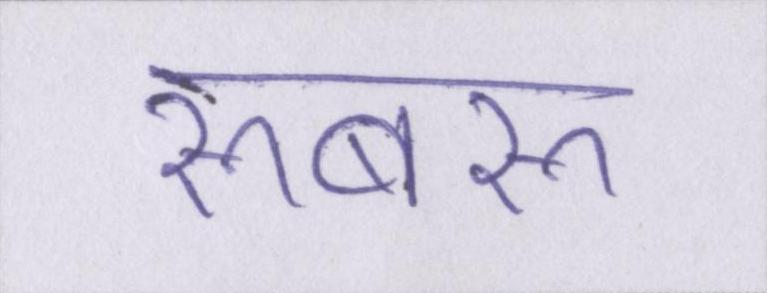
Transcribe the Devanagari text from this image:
रूबरू